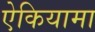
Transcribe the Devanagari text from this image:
ऐकियामा